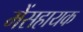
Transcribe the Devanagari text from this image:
मेंसहायक